Civil Veterinary Department Bihar reports 1940-50 - 1940-1950
Year: 1940
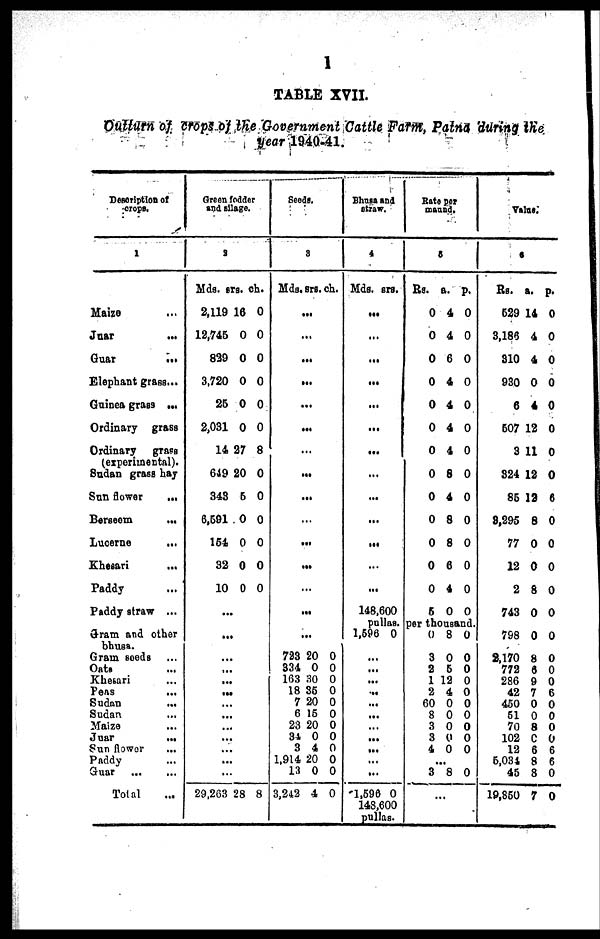
I
TABLE XVII.
Outturn of crops of the Government Cattle Farm, Patna during the
year 1940-41.
Description of
crops.
1
Maize
Juar
...
Guar
...
Elephant grass...
Guinea grass ...
Ordinary grass
Ordinary grass
(experimental).
Sudan grass hay
Sun flower ...
Berseem
...
Lucerne
...
Khesari
...
Paddy
Paddy straw ...
Gram and other
bhusa.
Gram seeds ...
Oata ...
Khesari ...
Fens
Sudan
Sudan
Maize
Juar
...
Sun flower ...
Paddy ...
Guar
...
...
Total
Green fodder and silage.
2
Mda.
2,119
12,745
839
3,720
25
2,031
14
649
343
6,591
154
32
10
29,263
srs.
16
0
0
0
0
0
27
20
5
0
0
0
0
...
...
...
...
...
...
...
...
...
...
...
...
...
28
ch.
0
0
0
0
0
0
8
0
0
0
0
0
0
8
Seeds.
3
Mds.
...
...
...
...
...
...
...
...
...
...
723
334
163
18
7
6
23
34
3
1,914
13
3,242
srs.
...
...
...
...
...
...
20
0
30
35
20
15
20
0
4
20
0
4
ch.
0
0
0
0
0
0
0
0
0
0
0
0
Bhuss and
straw.
4
Mds.
...
...
...
...
...
...
...
...
...
...
...
...
...
148,
srs.
600
pu
llas.
1,596
...
...
...
...
...
...
...
...
...
...
...
1,596
148,
0
0
600
pullas.
Rate per
maund.
5
Rs.
0
0
0
0
0
0
0
0
0
0
0
0
0
6
a.
4
4
6
4
4
4
4
8
4
8
8
6
4
0
p.
0
0
0
0
0
0
0
0
0
0
0
0
0
0
per tho
usa
nd.
0
3
2
1
2
60
8
3
3
4
..
3
...
8
0
5
12
4
0
0
0
0
0
.
8
0
0
0
0
0
0
0
0
0
0
0
Valus.
6
Rs.
529
3,186
310
930
6
507
3
324
85
8,295
77
12
2
743
798
2,170
772
286
42
450
51
70
102
12
5,031
45
19,850
a.
14
4
4
0
4
12
11
12
12
8
0
0
8
0
0
8
6
9
7
0
0
8
0
6
8
8
7
p.
0
0
0
0
0
0
0
0
6
0
0
0
0
0
0
0
0
0
6
0
0
0
0
6
6
0
0